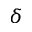
\delta